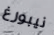
نيبورغ